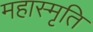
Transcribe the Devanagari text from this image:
महास्मृति